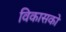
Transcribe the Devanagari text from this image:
विकासको